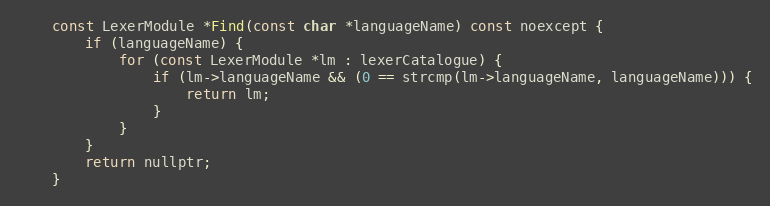
Language: C
	const LexerModule *Find(const char *languageName) const noexcept {
		if (languageName) {
			for (const LexerModule *lm : lexerCatalogue) {
				if (lm->languageName && (0 == strcmp(lm->languageName, languageName))) {
					return lm;
				}
			}
		}
		return nullptr;
	}